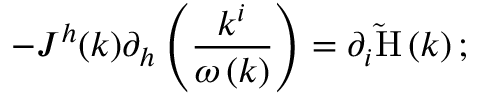
- J ^ { h } ( k ) \partial _ { h } \left( \frac { k ^ { i } } { \omega \left( k \right) } \right) = \partial _ { i } \mathrm { \tilde { H } } \left( k \right) ;